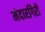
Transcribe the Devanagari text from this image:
मंदारगिरी